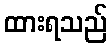
ထားရသည်